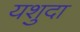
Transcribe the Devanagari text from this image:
यशुदा